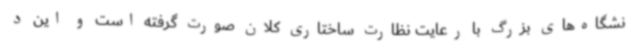
نشگاه‌های بزرگ با رعایت نظارت ساختاری کلان صورت گرفته است و این د